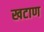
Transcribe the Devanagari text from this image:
खटाण